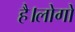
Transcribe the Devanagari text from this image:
है।लोगों